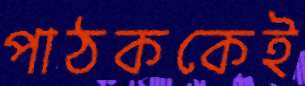
পাঠককেই